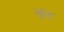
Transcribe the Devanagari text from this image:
ऐलि